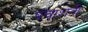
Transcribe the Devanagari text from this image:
पंचाशती